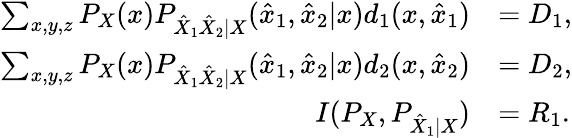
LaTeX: \begin{array}{rl}{\sum_{x,y,z}P_{X}(x)P_{\hat{X}_{1}\hat{X}_{2}|X}(\hat{x}_{1},\hat{x}_{2}|x)d_{1}(x,\hat{x}_{1})}&{=D_{1},}\\ {\sum_{x,y,z}P_{X}(x)P_{\hat{X}_{1}\hat{X}_{2}|X}(\hat{x}_{1},\hat{x}_{2}|x)d_{2}(x,\hat{x}_{2})}&{=D_{2},}\\ {I(P_{X},P_{\hat{X}_{1}|X})}&{=R_{1}.}\end{array}